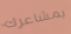
بمشاعرك